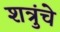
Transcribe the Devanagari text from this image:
शत्रुंचे